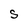
Character: S